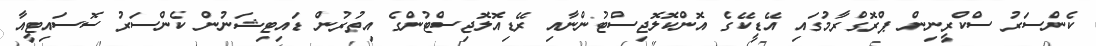
ކެންސަރު ސްކްރީނިން ޕްރޮގްރާމުގައި އޭޑީކޭގެ އޮންކޮލޮޖިސްޓުންނާއި ރޭޑިއޮލޮޖިސްޓުންގެ އިތުރުން ޑައިޓިޝަނުން ކެންސަރު ސޮސައިޓީއާ